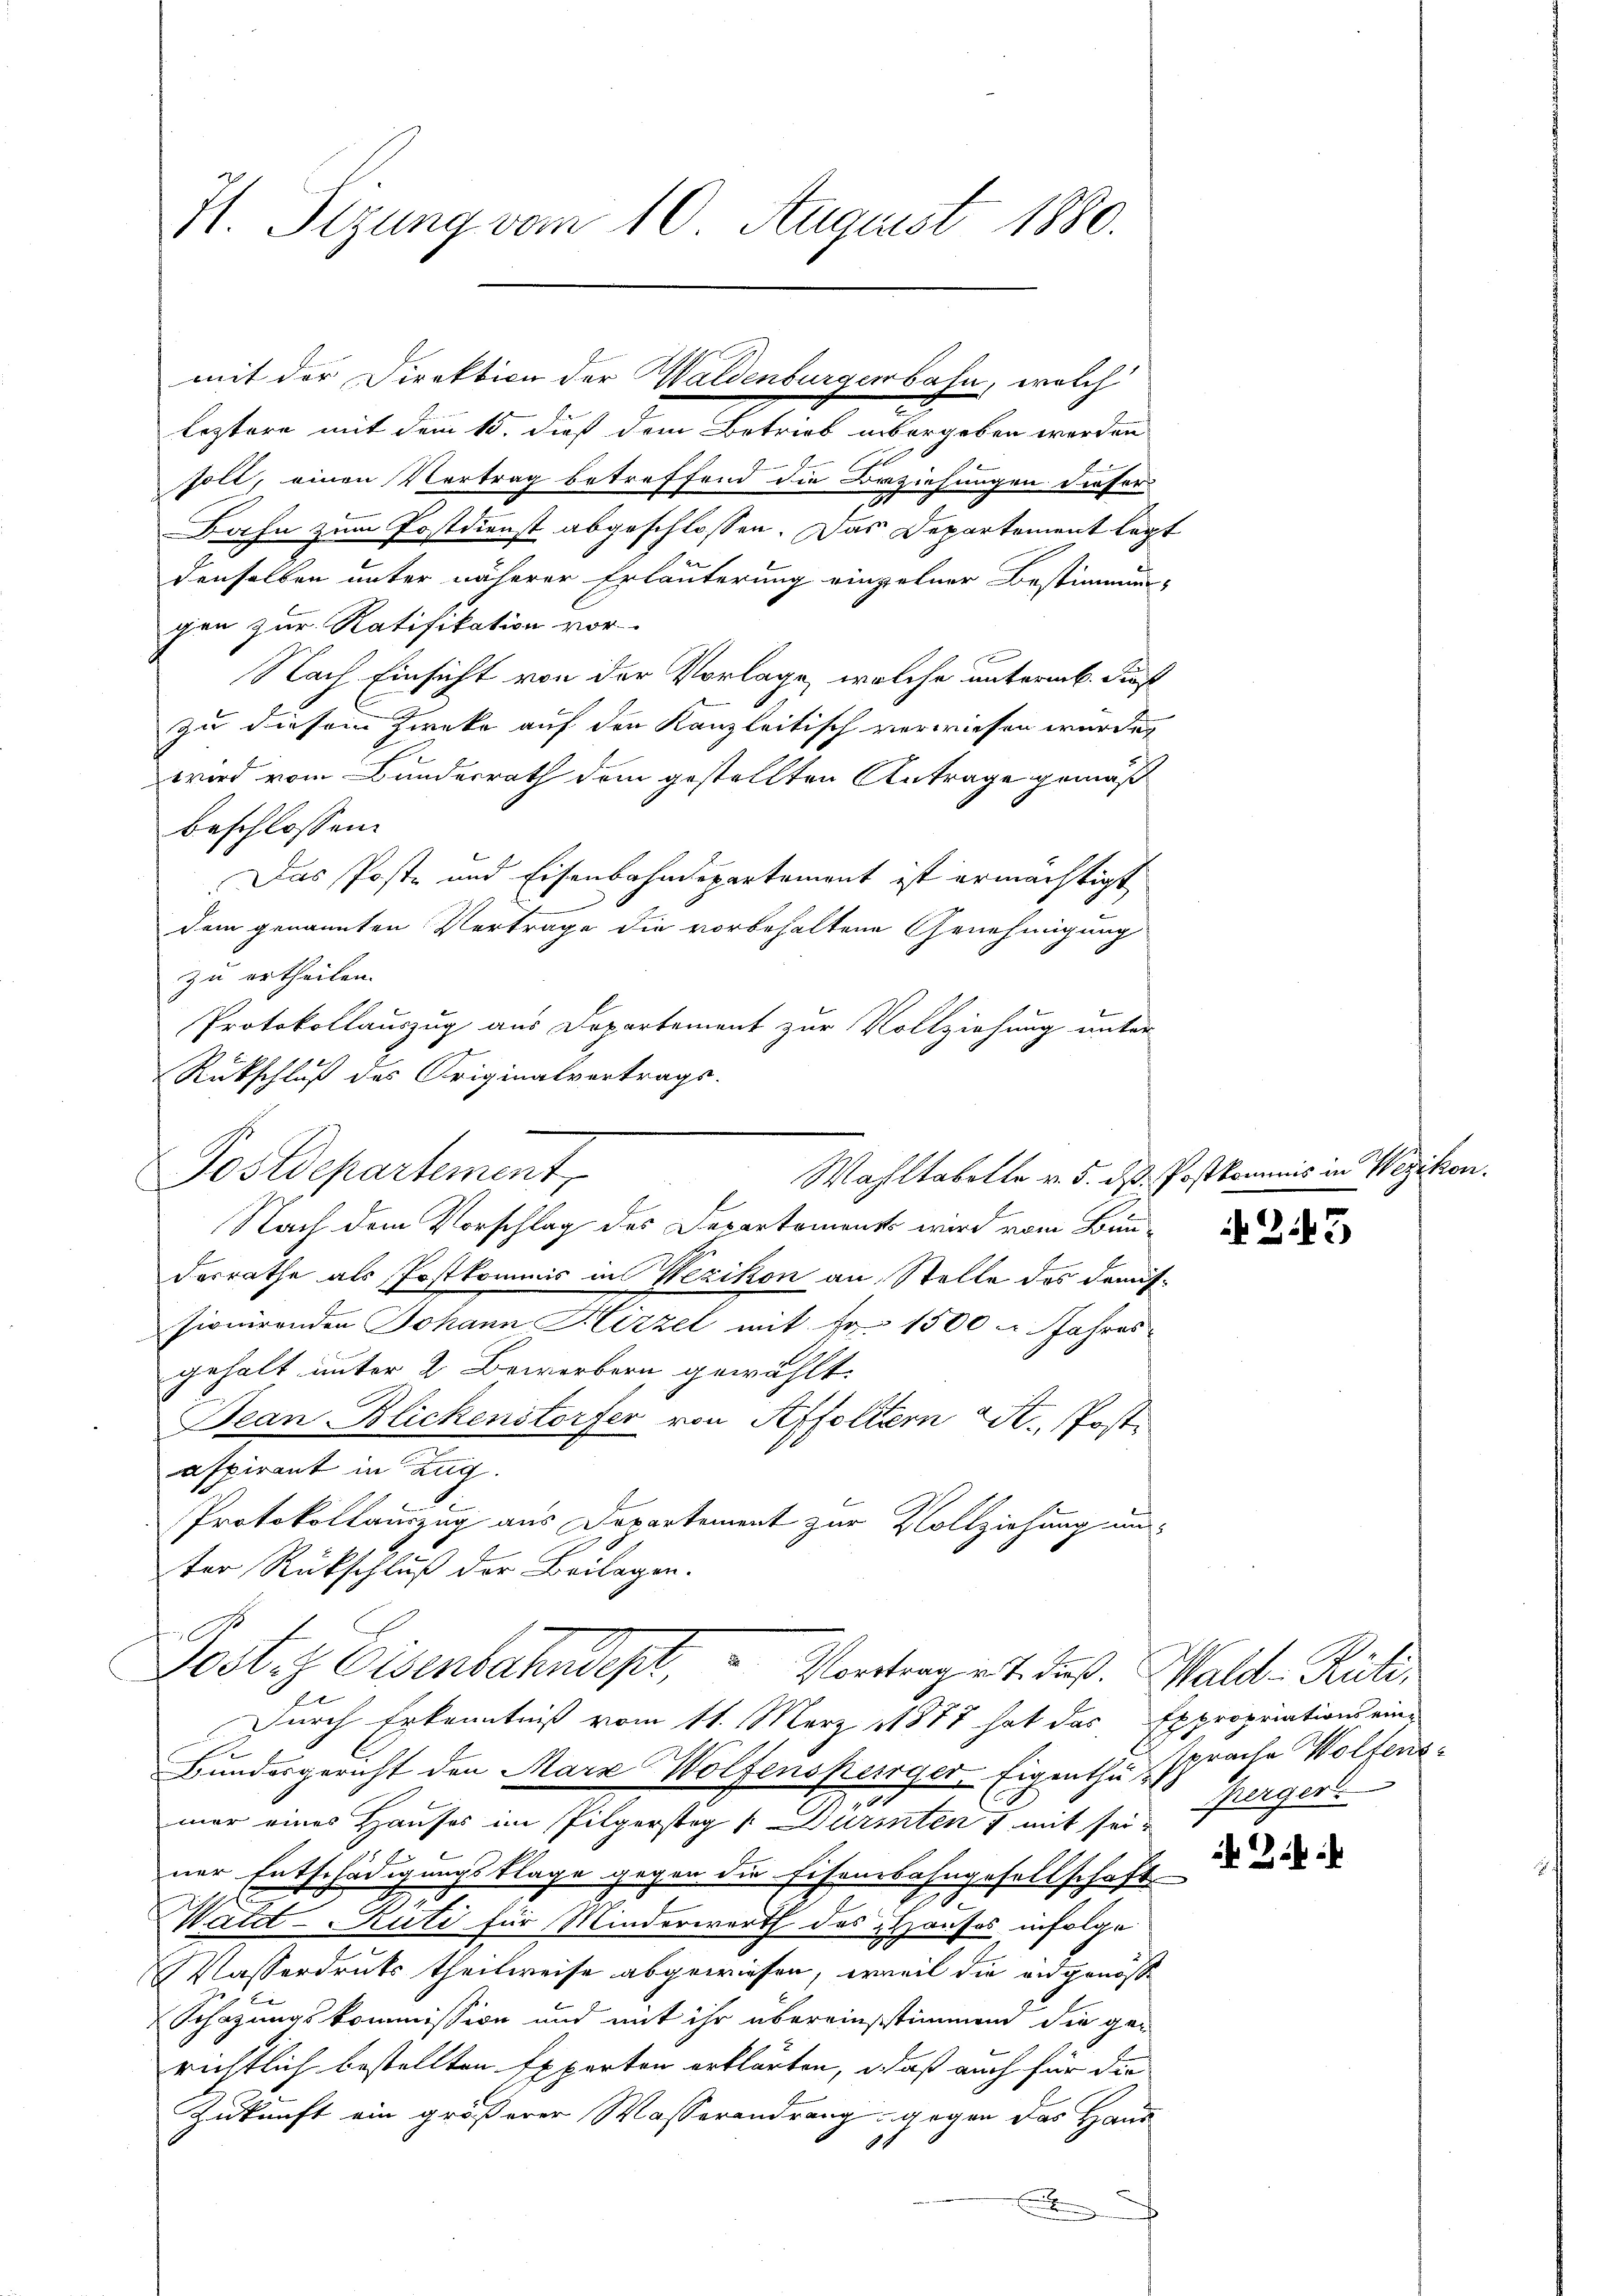
Hl. Sizung vom 10. August 1880.

leztere mit dem 15. dieß dem Betrieb übergeben werden
si
holt, einen Vertrag betreffend die Beziehungen dieser
Bahn zum Postdienst abgeschlossen. Das Departement legdenselben unter näherer Erläuterung einzelner Bestimmun-
gen zur Ratifikation vor-
Nach Einsicht von der Vorlage, welche unterm 6. Fest
zu diesem Zwecke auf den Kanzleitisch verwiesen würde,
wird vom Bundesrath dem gestellten Antrage gemäß
beschlossen:
Das Poste und Eisenbahndepartement ist ermächtigt
dem genannten Vertrage die vorbehaltene Genehmigung
zu ertheilen.
Protokollauszug aus Departement zur Vollziehung unter
Rückschluß des Originalvertrags-
Nach dem Vorschlag des Departements wird vom Bundesrathe als Postkommis in Wezikon an Stelle des demis¬
Pionirenden Johann Hirzel mit Fr. 1500. Jahres
gehalt unter 2 Bewerbern gewählt.
Jean Blickenstorfer von Affoltern St. Post.
aspirant in Zug
Protokollauszug aus Departement zur Vollziehung un
ter Rückschluß der Beilagen.
A
Lostr Eisenbahndept, – Vortrag v. 4. Fuß. Wald-Rüti,
Durch Erkenntniß vom 11. März 1877 hat das Expropriations ein-
Bundergericht den Marx Wolfensperrger, Eigenthus sprache Wolfensmar eines Hauses im Pilgerstag / Dürinten & mit seiner Entschädigungsklage gegen die Eisenbahngesellschaft
x
t
Watit-Rüti für Minderwerth des Hauses infolge
Wasserdruk theilweise abgewiesen, erweil die angenoße
Schazungskommission und mit ihr übereinstimmend die ge-
richtlich bestellten Experton erklärten, daß auch für die
Zukunft ein größerer Wasserendrang gegen das Hand
4
e

mit der Direktion der Waldenburgerbahn, welch

Postdepartement,
Wahltabelle v. 5. ds Postkom

t

243

perger.

Wehen.